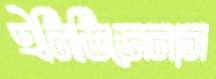
ইনিডিজেনাস